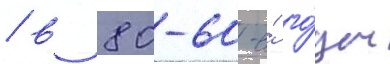
/ в 80-60-е́ го́ды